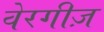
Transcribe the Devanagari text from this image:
वेरगीज़